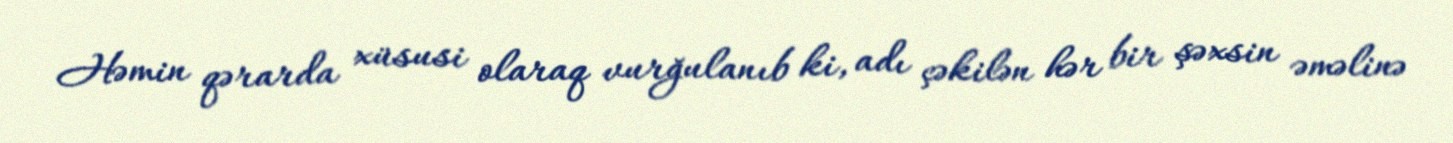
Həmin qərarda xüsusi olaraq vurğulanıb ki, adı çəkilən hər bir şəxsin əməlinə